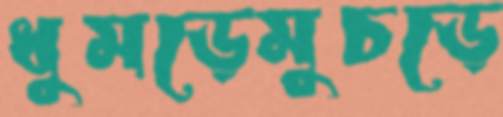
ধুমড়েমুচড়ে